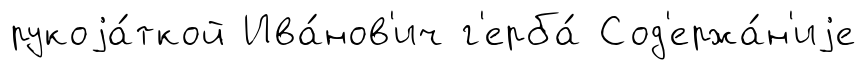
рукоjа́ткой Ива́нов'ич г'ерба́ Сод'ержа́н'иjе